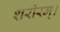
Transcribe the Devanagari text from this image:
शरीरम्।